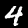
Digit: 4